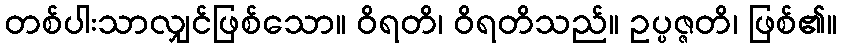
တစ်ပါးသာလျှင်ဖြစ်သော။ ဝိရတိ၊ ဝိရတိသည်။ ဥပ္ပဇ္ဇတိ၊ ဖြစ်၏။